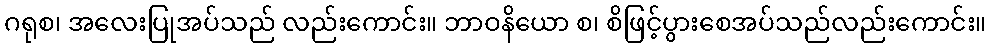
ဂရုစ၊ အလေးပြုအပ်သည် လည်းကောင်း။ ဘာဝနိယော စ၊ စိဖြင့်ပွားစေအပ်သည်လည်းကောင်း။